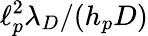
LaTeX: \ell_{p}^{2}\lambda_{D}/(h_{p}D)